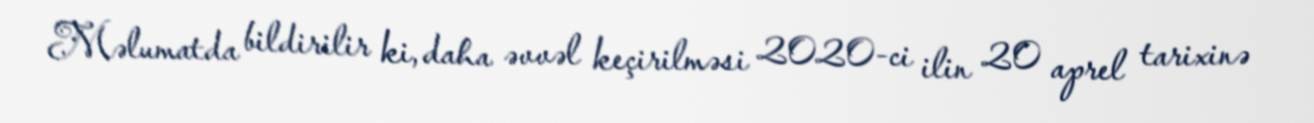
Məlumatda bildirilir ki, daha əvvəl keçirilməsi 2020-ci ilin 20 aprel tarixinə